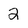
Character: 2